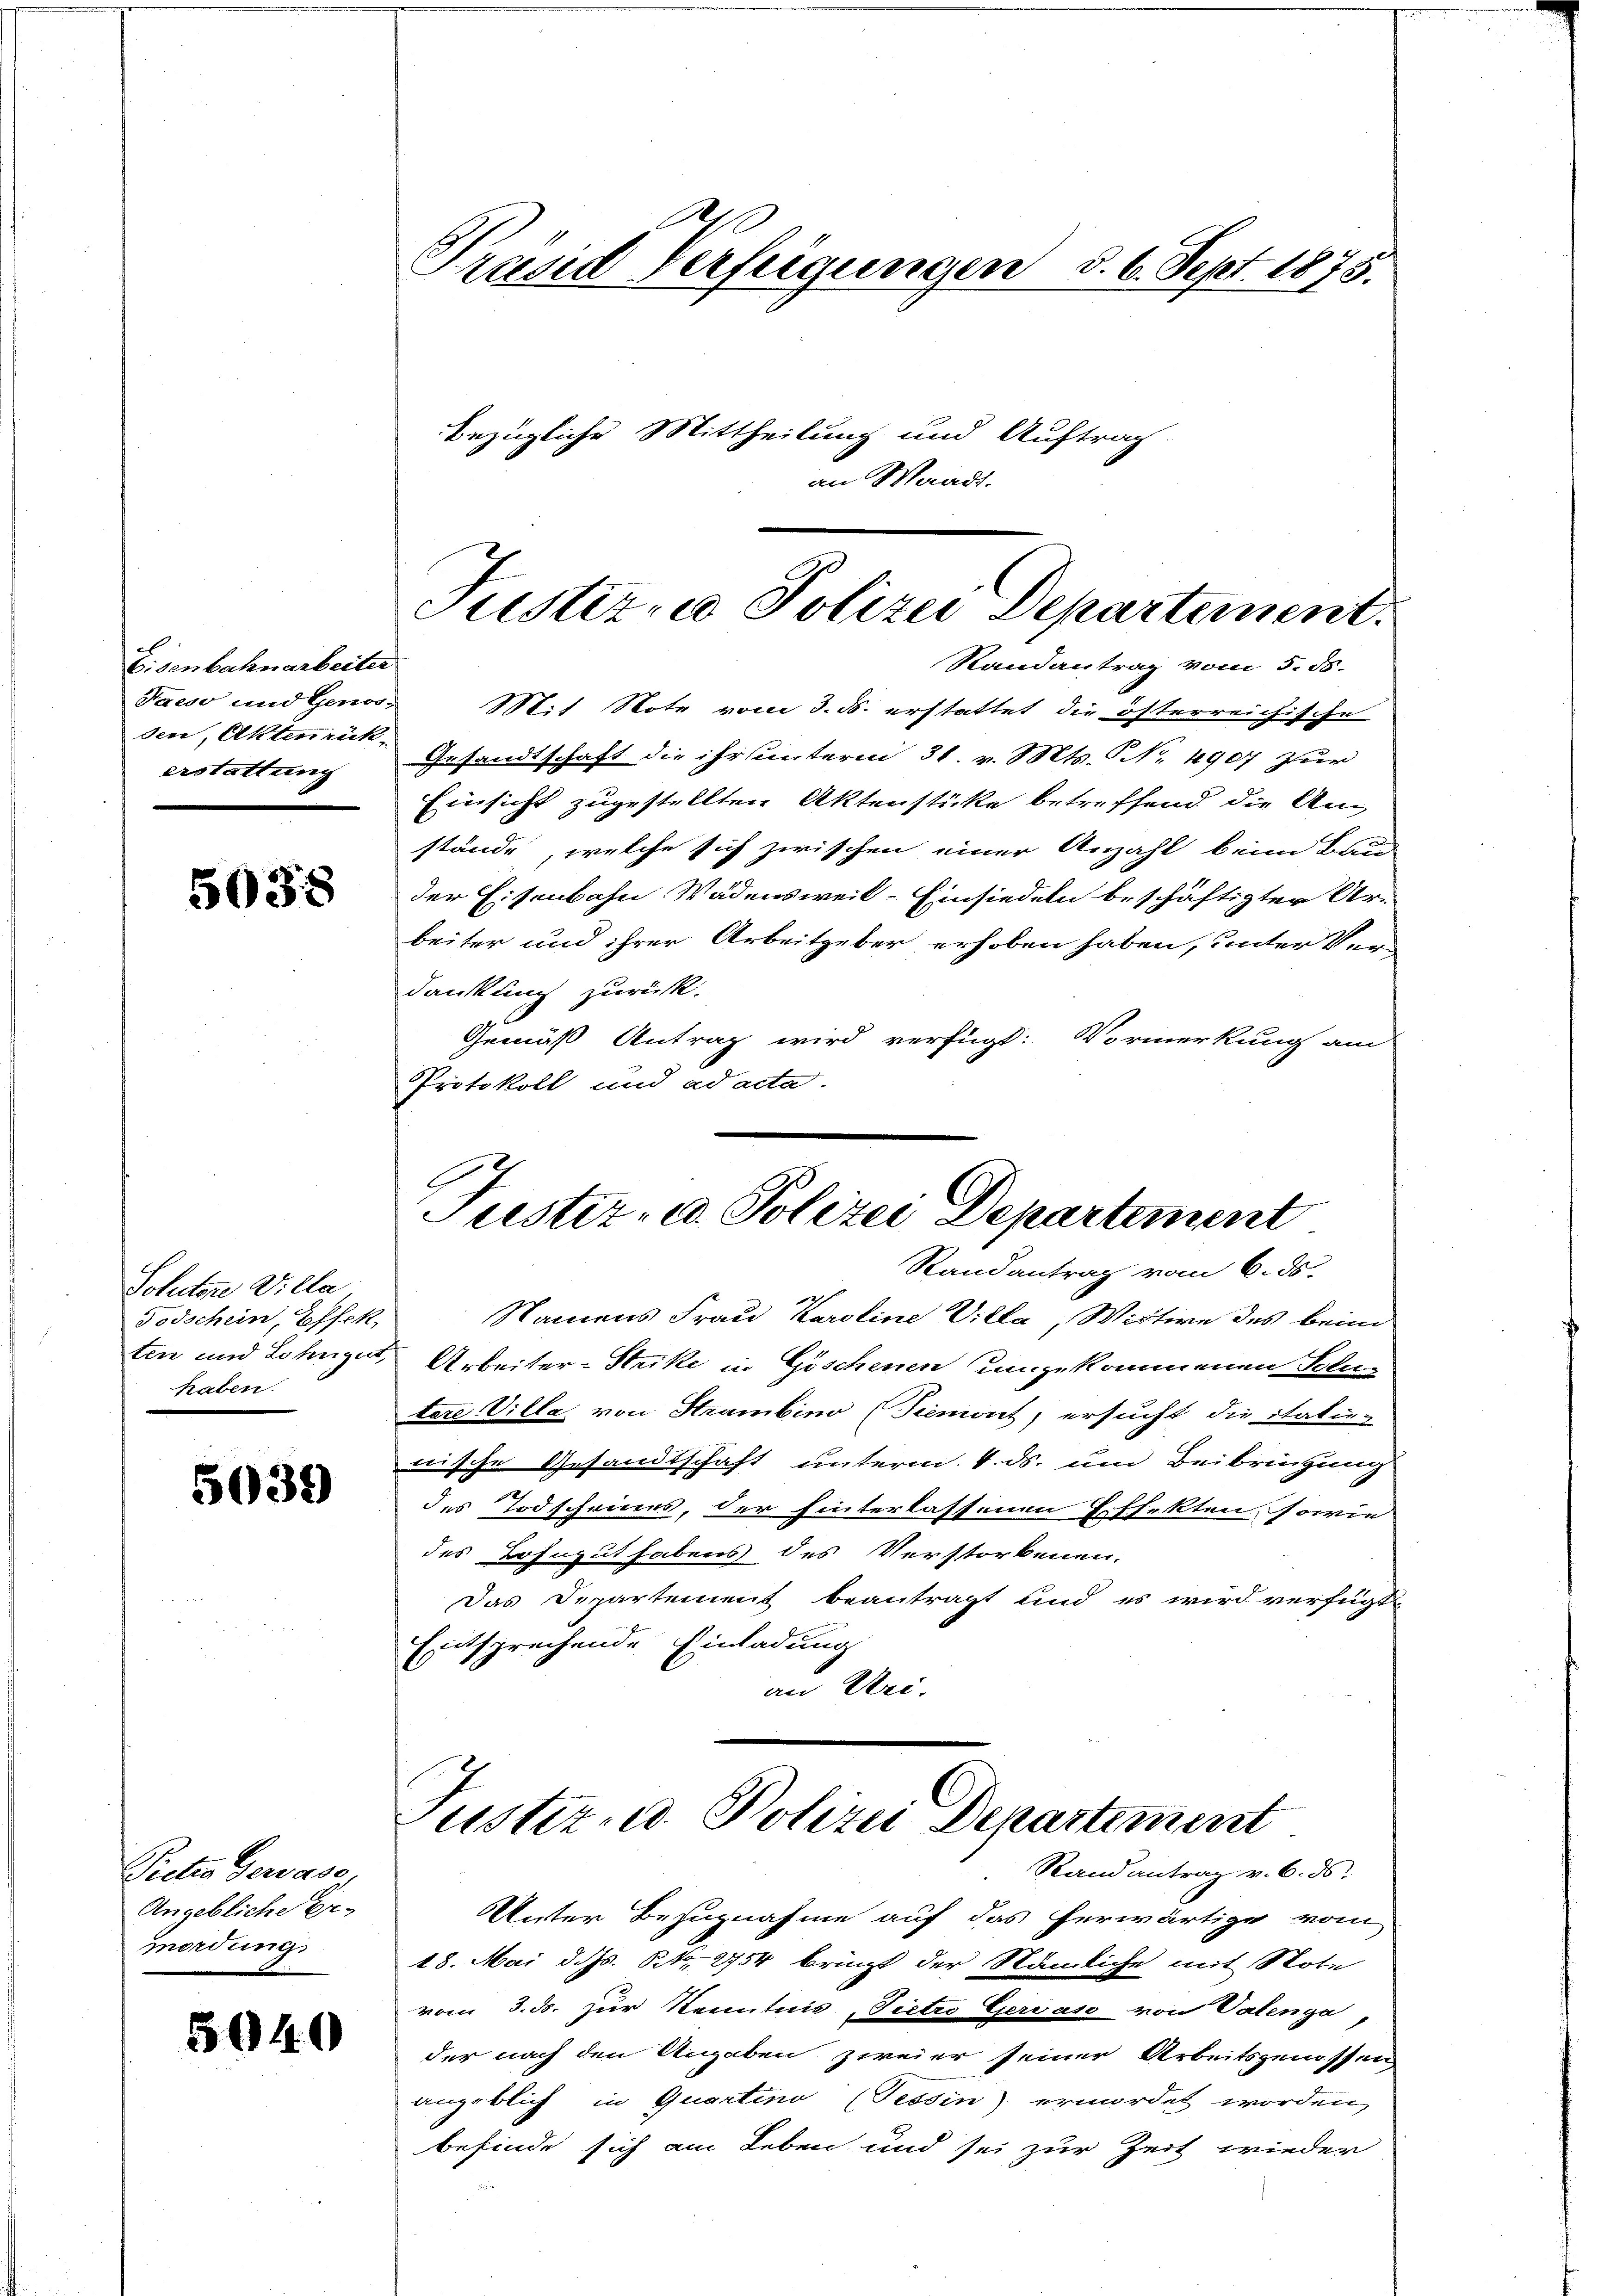
Eisenbahnarbeiter
Paeso und Genos-
den, Aktenrück-
erstattung

5038

Solectore Villa
Todschein, Effek
haben.

5039

Preten Gewase,
Angebliche Er-
mordungs

5040

Randantrag vom 5. 58.
Mit Note vom 3. ds. erstattet die österreichische
Gesandtschaft die ihr unterm 31. v. Mts. No. 4907 zur
Einsicht zugestellten Aktenstücke betreffend die Anstände, welche sich zwischen einer Anzahl beim Bau
der Eisenbahn Wädensweil–Einsiedeln beschäftigter Ar-
beiter und ihrer Arbeitgeber erhoben haben, unter Verdankung zurück.
Gemäß Antrag wird verfügt: Vormerkung am
Protokoll und ad acta.
Justiz- u. Polizei Departement

Präside Verfügungen §. 6. Sept. 1875.
bezügliche Mittheilung und Auftrag
an Waadt.

Justiz & Polizei Departement.

Randantrag vom 6. ds.

Namens Frau Karoline Villa, Wittwe des beim
ten und Lohnzet Arbeiter-Strike in Göschenen unzukommenen Solu-
tere Villa, von Strambino (Piemont, ersucht, die italie-
nische Gesandtschaft unterm 4. ds. um Beibringung
2
des Todscheines, der hinterlassenen Effekten, sowie
des Lohngut habens des Verstorbenen.
Das Departement beantragt und es wird verfügt
Entsprechende Einladung
an Uri.

Justiz d. Polizei Departement
Stand antrag v. 6. ds.

Unter Bezugnahme auf das herwärtige vom
18. Mai d. Js. Oct. 2754 bringt der Nämliche mit Note
vom 3. ds. zur Kenntnis, Pietro Gervase von Valenga,
der nach den Angaben zweier seiner Arbeitsgenossen,
angeblich in Quartino (Tessin) ermordet worden,
befinde sich am Leben und sei zur Zeit wieder